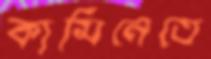
কামিনেতে